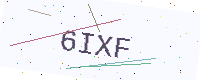
Text: 6IXF